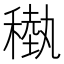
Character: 𥡩